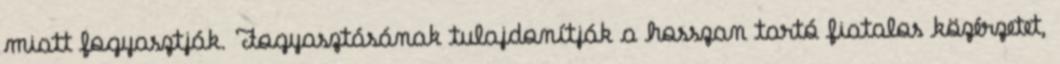
miatt fogyasztják. Fogyasztásának tulajdonítják a hosszan tartó fiatalos közérzetet,